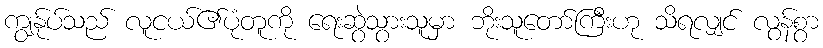
ကျွန်ုပ်သည် လူငယ်၏ပုံတူကို ရေးဆွဲသွားသူမှာ ဘိုးသူတော်ကြီးဟု သိရလျှင် လွန်စွာ